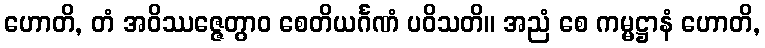
ဟောတိ, တံ အဝိဿဇ္ဇေတွာဝ စေတိယင်္ဂဏံ ပဝိသတိ။ အညံ စေ ကမ္မဋ္ဌာနံ ဟောတိ,